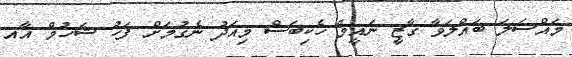
މައްސަލަ ބައްލަވާ ގާޒީ ނައީމް ހެކިބަސް މިއަދު ނެގުމަށް ފަހު ޝަހުމް އާއ